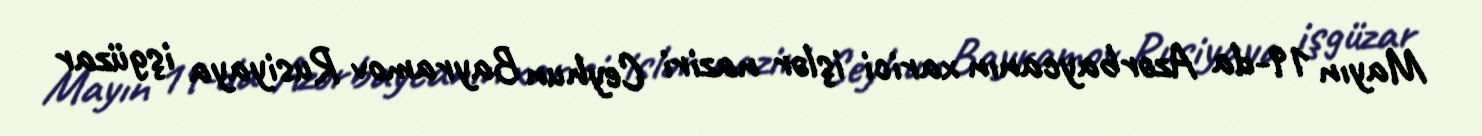
Mayın 19-da Azərbaycanın xarici işlər naziri Ceyhun Bayramov Rusiyaya işgüzar